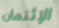
الإئتمان